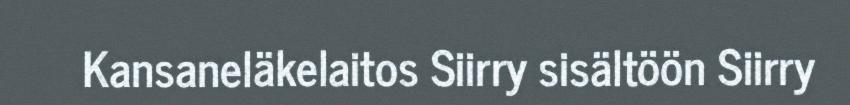
Kansaneläkelaitos Siirry sisältöön Siirry